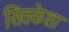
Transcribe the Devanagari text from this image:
सितकेशा